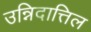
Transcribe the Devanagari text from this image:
उन्निदात्तिल